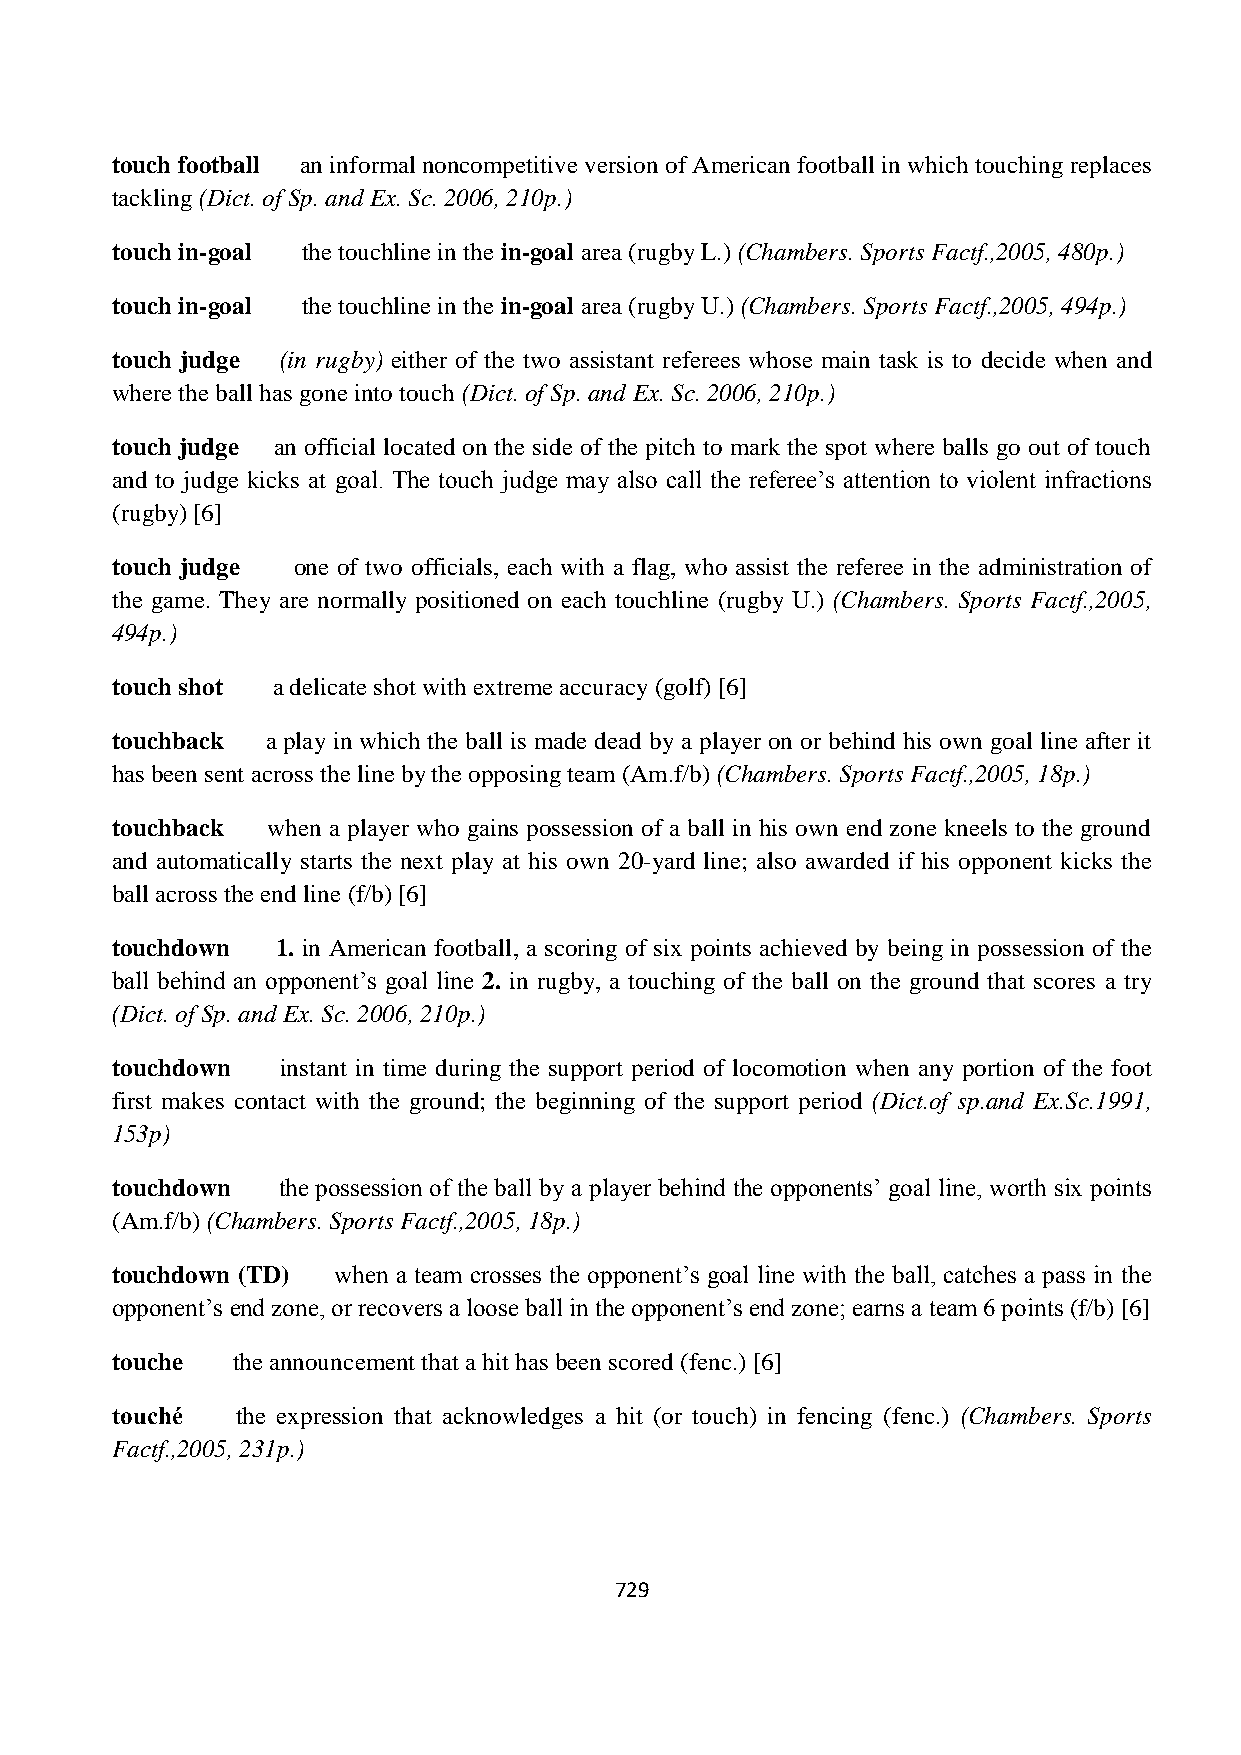
touch football an informal noncompetitive version of American football in which touching replaces
 tackling (Dict. of Sp. and Ex. Sc. 2006, 210p.)
 touch in-goal the touchline in the in-goal area (rugby L.) (Chambers. Sports Factf.,2005, 480p.)
 touch in-goal the touchline in the in-goal area (rugby U.) (Chambers. Sports Factf.,2005, 494p.)
 touch judge (in rugby) either of the two assistant referees whose main task is to decide when and
 where the ball has gone into touch (Dict. of Sp. and Ex. Sc. 2006, 210p.)
 touch judge an official located on the side of the pitch to mark the spot where balls go out of touch
 and to judge kicks at goal. The touch judge may also call the referee‟s attention to violent infractions
 (rugby) [6]
 touch judge one of two officials, each with a flag, who assist the referee in the administration of
 the game. They are normally positioned on each touchline (rugby U.) (Chambers. Sports Factf.,2005,
 494p.)
 touch shot a delicate shot with extreme accuracy (golf) [6]
 touchback  a play in which the ball is made dead by a player on or behind his own goal line after it
 has been sent across the line by the opposing team (Am.f/b) (Chambers. Sports Factf.,2005, 18p.)
 touchback  when a player who gains possession of a ball in his own end zone kneels to the ground
 and automatically starts the next play at his own 20-yard line; also awarded if his opponent kicks the
 ball across the end line (f/b) [6]
 touchdown  1. in American football, a scoring of six points achieved by being in possession of the
 ball behind an opponent‟s goal line 2. in rugby, a touching of the ball on the ground that scores a try
 (Dict. of Sp. and Ex. Sc. 2006, 210p.)
 touchdown   instant in time during the support period of locomotion when any portion of the foot
 first makes contact with the ground; the beginning of the support period (Dict.of sp.and Ex.Sc.1991,
 153p)
 touchdown  the possession of the ball by a player behind the opponents‟ goal line, worth six points
 (Am.f/b) (Chambers. Sports Factf.,2005, 18p.)
 touchdown (TD) when a team crosses the opponent‟s goal line with the ball, catches a pass in the
 opponent‟s end zone, or recovers a loose ball in the opponent‟s end zone; earns a team 6 points (f/b) [6]
 touche  the announcement that a hit has been scored (fenc.) [6]
 touché   the expression that acknowledges a hit (or touch) in fencing (fenc.) (Chambers. Sports
 Factf.,2005, 231p.)
 729